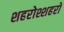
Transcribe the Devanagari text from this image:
शहरोश्शहरो